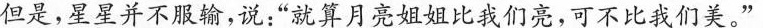
但是，星星并不服输，说：“就算月亮姐姐比我们亮，可不比我们美。”